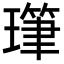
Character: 㻶